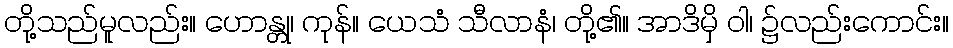
တို့သည်မူလည်း။ ဟောန္တု၊ ကုန်။ ယေသံ သီလာနံ၊ တို့၏။ အာဒိမှိ ဝါ၊ ၌လည်းကောင်း။